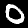
Label: 0